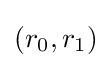
(r_{0},r_{1})